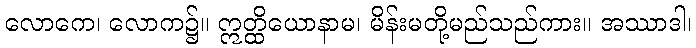
လောကေ၊ လောက၌။ ဣတ္ထိယောနာမ၊ မိန်းမတို့မည်သည်ကား။ အဿာဒါ၊